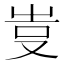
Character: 𠭆